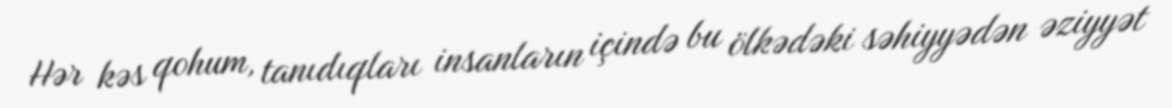
Hər kəs qohum, tanıdıqları insanların içində bu ölkədəki səhiyyədən əziyyət